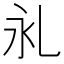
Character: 𰀺